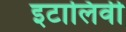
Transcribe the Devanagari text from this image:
इटालिवी